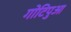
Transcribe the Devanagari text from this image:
गोटिपुआ